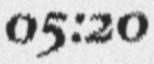
05:20